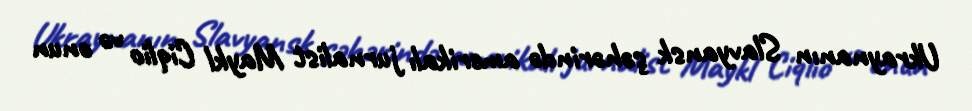
Ukraynanın Slavyansk şəhərində amerikalı jurnalist Maykl Ciqlio və onun